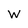
Character: W